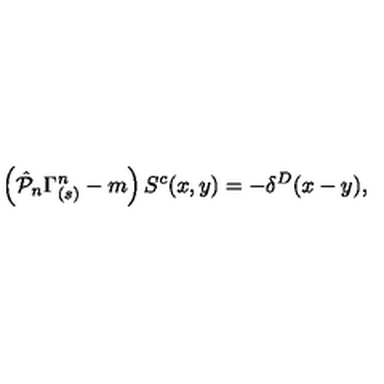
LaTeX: \left( \hat { { \cal P } } _ { n } \Gamma _ { ( s ) } ^ { n } - m \right) S ^ { c } ( x , y ) = - \delta ^ { D } ( x - y ) ,